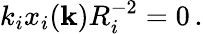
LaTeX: k_{i}x_{i}({\mathbf k})R_{i}^{-2}=0\, .